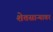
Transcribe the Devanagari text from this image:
शेतसाऱ्यावर